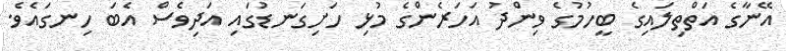
އޭނާގެ އަތްތިލައިގެ ބީހުމުގެ ވިންދު އަހަރެންގެ މުޅި ހަށިގަނޑުގައި އަދިވެސް އެބަ ހިނގައެވެ.